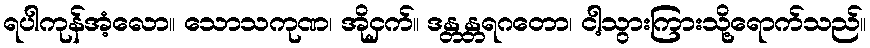
ရပါကုန်အံ့လော။ သောသကုဏ၊ အိုငှက်။ ဒန္တန္တရဂတော၊ ငါ့သွားကြားသို့ရောက်သည်။